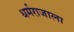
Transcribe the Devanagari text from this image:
धर्मराजाला